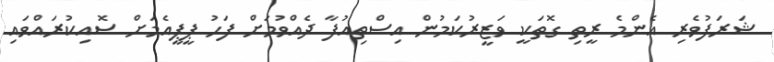
ޝަރަފުވެރި އެންމެ ރީތި ގޮތަކީ ވަޒީރުކަމުން އިސްތިއުފާ ދެއްވުމަށް ފަހު ޕީޕީއެމަށް ސޮއިކުރައްވައި